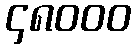
၄၈၀၀၀